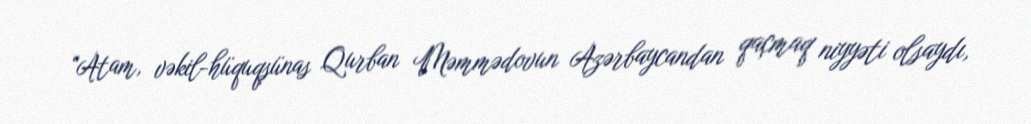
“Atam, vəkil-hüquqşünas Qurban Məmmədovun Azərbaycandan qaçmaq niyyəti olsaydı,